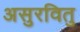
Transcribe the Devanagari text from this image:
असुरवितु